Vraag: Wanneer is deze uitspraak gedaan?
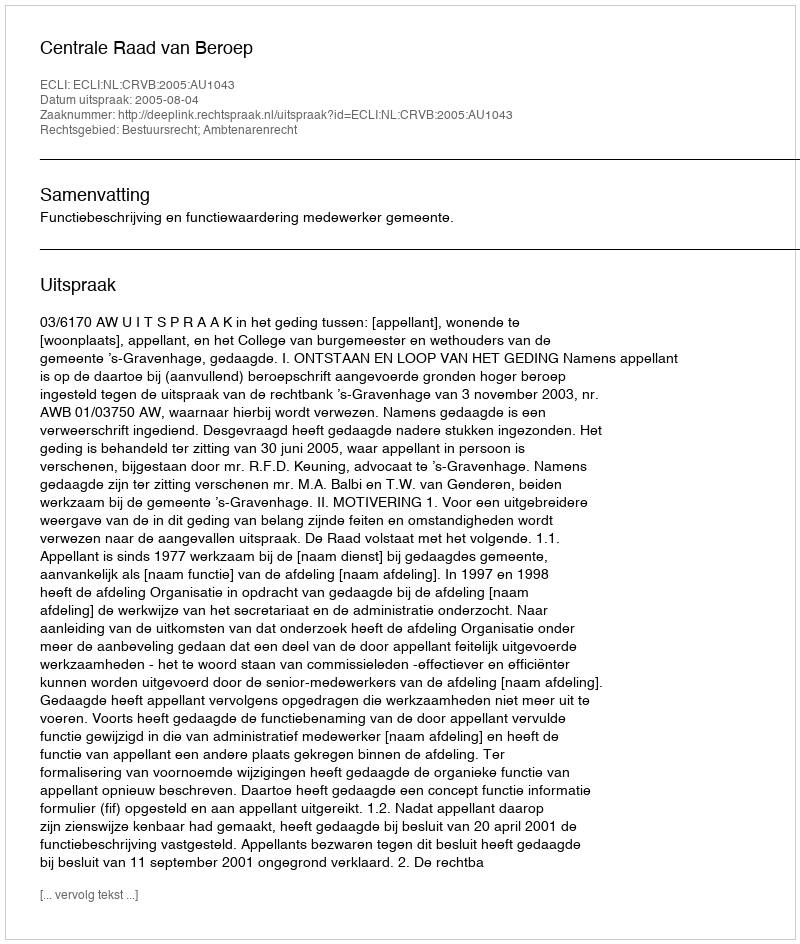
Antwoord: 2005-08-04